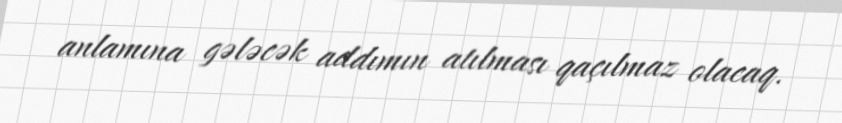
anlamına gələcək addımın atılması qaçılmaz olacaq.